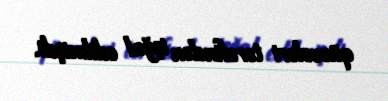
qüvvələri tərəfindən işğal edilmişdi.